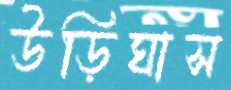
উড়িঘাস